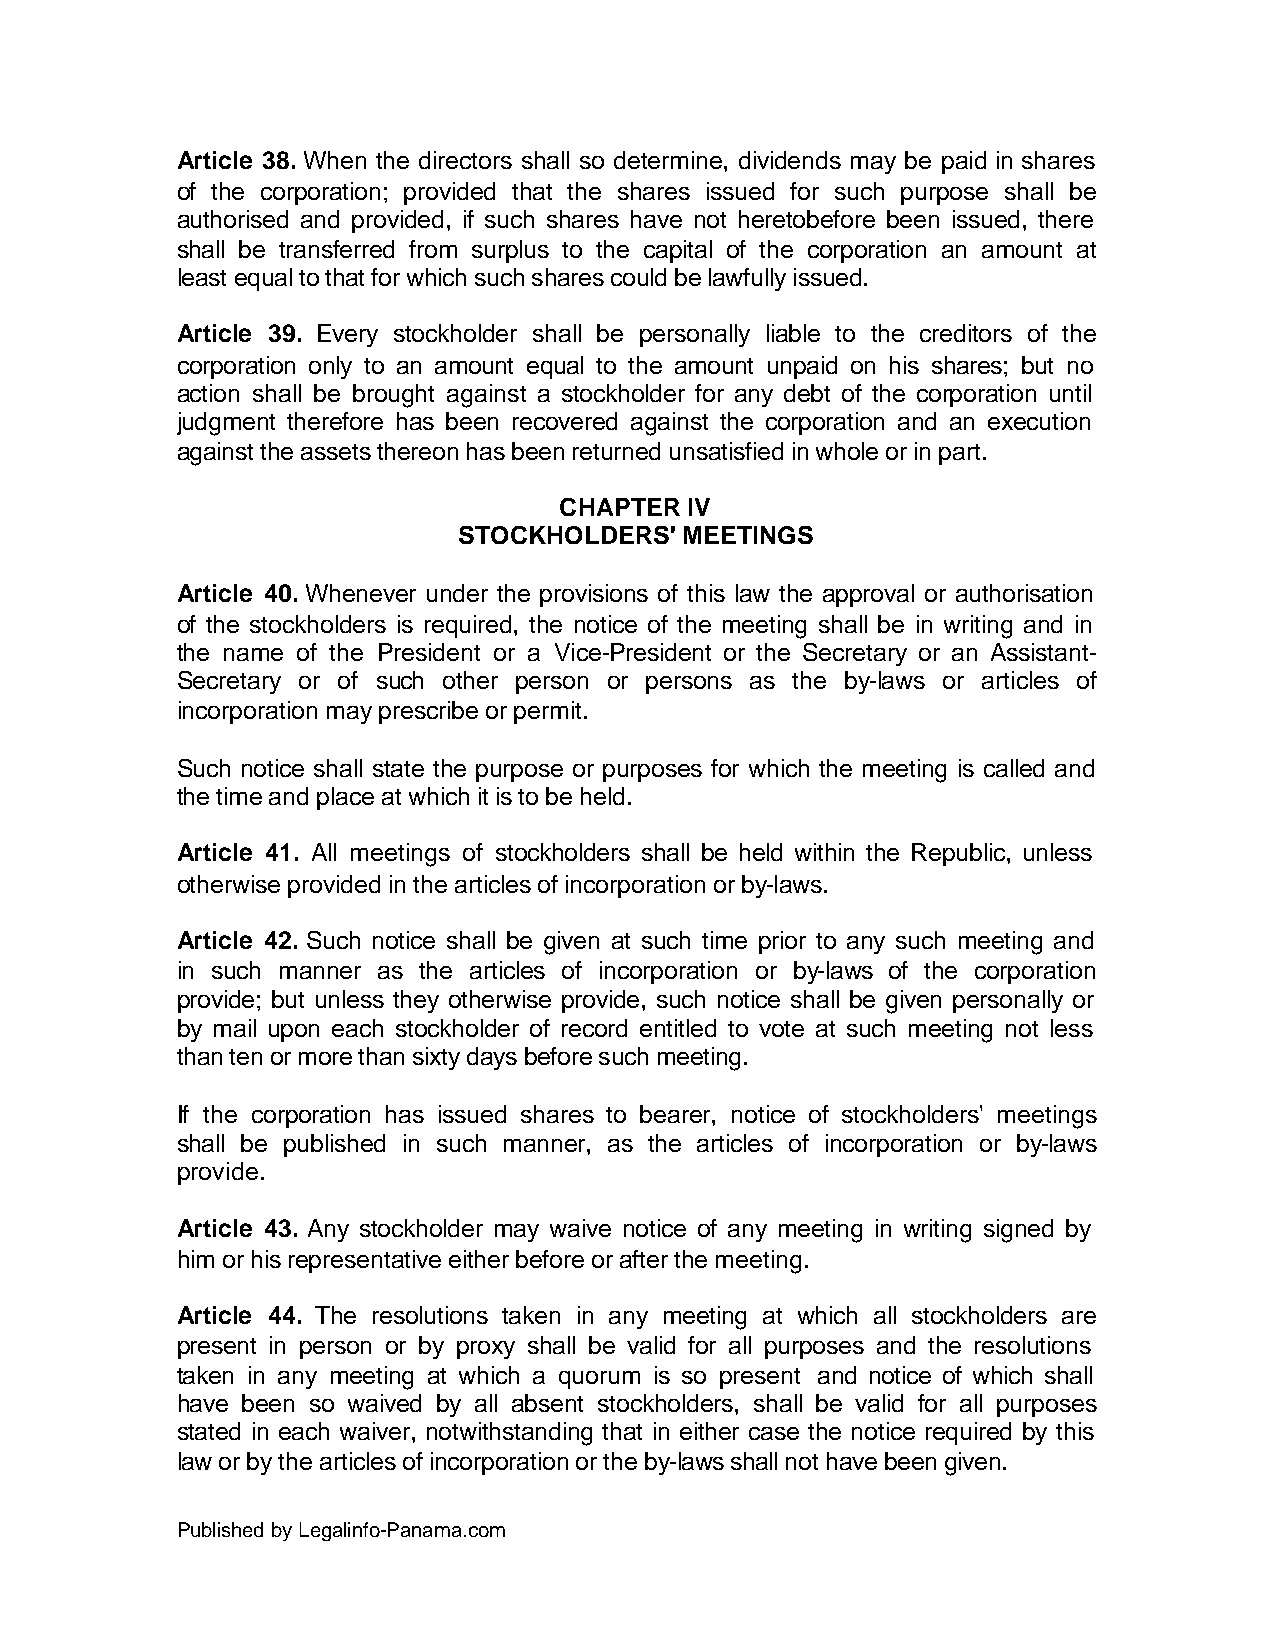
Article 38. When the directors shall so determine, dividends may be paid in shares
 of the corporation; provided that the shares issued for such purpose shall be
 authorised and provided, if such shares have not heretobefore been issued, there
 shall be transferred from surplus to the capital of the corporation an amount at
 least equal to that for which such shares could be lawfully issued.
 Article 39. Every stockholder shall be personally liable to the creditors of the
 corporation only to an amount equal to the amount unpaid on his shares; but no
 action shall be brought against a stockholder for any debt of the corporation until
 judgment therefore has been recovered against the corporation and an execution
 against the assets thereon has been returned unsatisfied in whole or in part.
 CHAPTER IV
 STOCKHOLDERS'  MEETINGS
 Article 40. Whenever under the provisions of this law the approval or authorisation
 of the stockholders is required, the notice of the meeting shall be in writing and in
 the name of the President or a Vice-President or the Secretary or an Assistant-
 Secretary or of such other person or persons as the by-laws or articles of
 incorporation may prescribe or permit.
 Such notice shall state the purpose or purposes for which the meeting is called and
 the time and place at which it is to be held.
 Article 41. All meetings of stockholders shall be held within the Republic, unless
 otherwise provided in the articles of incorporation or by-laws.
 Article 42. Such notice shall be given at such time prior to any such meeting and
 in such manner as the articles of incorporation or by-laws of the corporation
 provide; but unless they otherwise provide, such notice shall be given personally or
 by mail upon each stockholder of record entitled to vote at such meeting not less
 than ten or more than sixty days before such meeting.
 If the corporation has issued shares to bearer, notice of stockholders' meetings
 shall be published in such manner, as the articles of incorporation or by-laws
 provide.
 Article 43. Any stockholder may waive notice of any meeting in writing signed by
 him or his representative either before or after the meeting.
 Article 44. The resolutions taken in any meeting at which all stockholders are
 present in person or by proxy shall be valid for all purposes and the resolutions
 taken in any meeting at which a quorum is so present and notice of which shall
 have been so waived by all absent stockholders, shall be valid for all purposes
 stated in each waiver, notwithstanding that in either case the notice required by this
 law or by the articles of incorporation or the by-laws shall not have been given.
 Published by Legalinfo-Panama.com